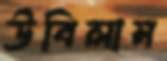
উবিলাম